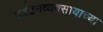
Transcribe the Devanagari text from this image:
पर्यटनव्यवसायाच्या